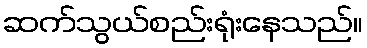
ဆက်သွယ်စည်းရုံးနေသည်။